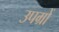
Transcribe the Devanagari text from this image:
उपग्रों